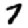
Digit: 7